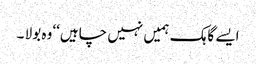
ایسے گاہک ہمیں نہیں چاہیں‘‘ وہ بولا ۔